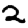
Digit: 2